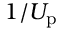
1 / U _ { \mathrm { p } }